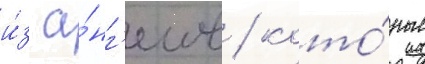
и́з а́нг'елов / кото́рые